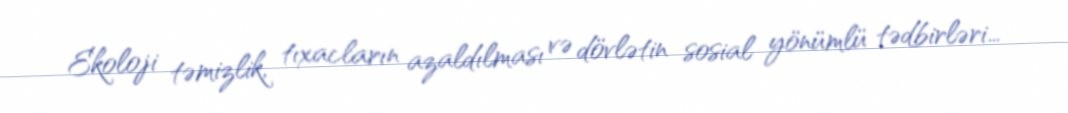
Ekoloji təmizlik, tıxacların azaldılması və dövlətin sosial yönümlü tədbirləri…